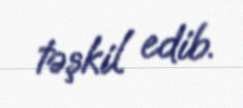
təşkil edib.